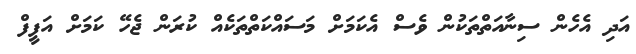
އަދި އެހެން ސިނާއަތްތަކުން ވެސް އެކަމަށް މަސައްކަތްތަކެއް ކުރަން ޖެހޭ ކަމަށް އަފީފް